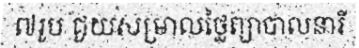
៧រូប ជួយសម្រាលថ្លៃព្យាបាលនារី